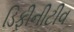
ડિફીનીટીવ